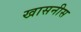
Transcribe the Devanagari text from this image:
खासनीस